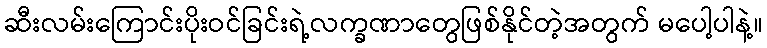
ဆီးလမ်းကြောင်းပိုးဝင်ခြင်းရဲ့လက္ခဏာတွေဖြစ်နိုင်တဲ့အတွက် မပေါ့ပါနဲ့။